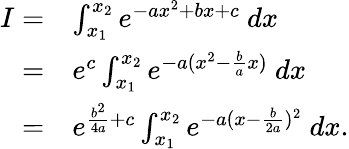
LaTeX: \begin{array}{rl}{I=}&{\int_{x_{1}}^{x_{2}}e^{-ax^{2}+bx+c}\ dx}\\ {=}&{e^{c}\int_{x_{1}}^{x_{2}}e^{-a(x^{2}-\frac{b}{a}x)}\ dx}\\ {=}&{e^{\frac{b^{2}}{4a}+c}\int_{x_{1}}^{x_{2}}e^{-a(x-\frac{b}{2a})^{2}}\ dx.}\end{array}